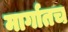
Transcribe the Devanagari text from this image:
मार्गातच